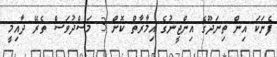
ފެނަކަ އިން ތިނަދޫގެ އިންޖީނުގެ އިމާރާތް ކޮށް 3 މަސްދުވަސް ތެރޭ ދާއިމީ